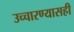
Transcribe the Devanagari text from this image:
उच्चारण्यासही